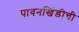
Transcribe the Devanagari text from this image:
पावनखिंडीची